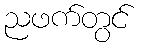
ညဖက်တွင်